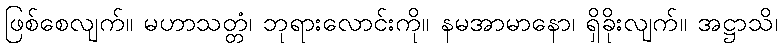
ဖြစ်စေလျက်။ မဟာသတ္တံ၊ ဘုရားလောင်းကို။ နမအာမာနော၊ ရှိခိုးလျက်။ အဋ္ဌာသိ၊